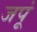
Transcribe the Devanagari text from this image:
जपूं